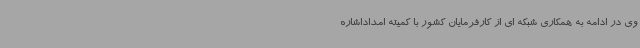
وی در ادامه به همکاری شبکه ای از کارفرمایان کشور با کمیته امداداشاره